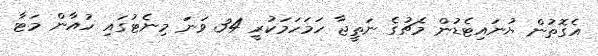
އެގޮތުން ޔުނައިޓެޑުން މެޗުގެ ނަތީޖާ ހަމަހަމަކުރީ 34 ވަނަ މިނެޓުގައި ހުއާން މަޓާ